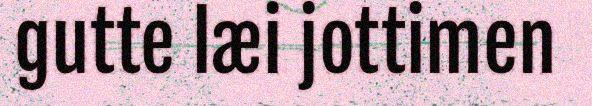
gutte læi jottimen